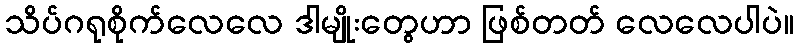
သိပ်ဂရုစိုက်လေလေ ဒါမျိုးတွေဟာ ဖြစ်တတ် လေလေပါပဲ။